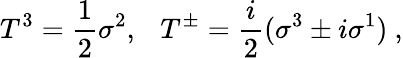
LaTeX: T^{3}=\frac{1}{2}\sigma^{2},~~~T^{\pm}=\frac{i}{2}(\sigma^{3}\pm i\sigma^{1})~,